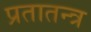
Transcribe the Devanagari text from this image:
प्रतातन्त्र